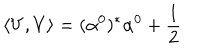
\left\langle V , V \right\rangle = ( \alpha ^ { 0 } ) ^ { * } \alpha ^ { 0 } + \frac { 1 } { 2 }